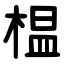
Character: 榅